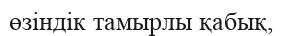
өзіндік тамырлы қабық,